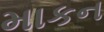
માકન